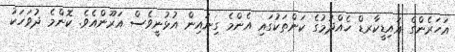
އަހަރެންގެ އައިޑީކާރޑް ހެއްދުމުގެ ކަންތަކުގައި އެންމެ ގިނައިން އުޅުނީވެސް އަރޫންއެވެ. ކޮންމެ ދުވަހަކު